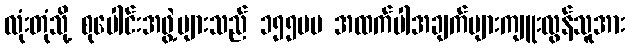
လုံးတုံသို့ စုပေါင်းအဖွဲ့များသည် ၁၅၅မမ အထက်ပါအချက်များကျူးလွန်သူအား